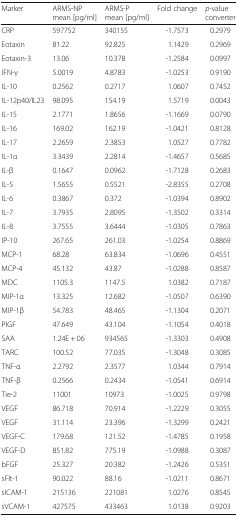
<table><thead><tr><td><b>Marker</b></td><td><b>ARMS-NP mean [pg/ml]</b></td><td><b>ARMS-P mean [pg/ml]</b></td><td><b>Fold change</b></td><td><b><i>p</i>-value converter</b></td></tr></thead><tbody><tr><td>CRP</td><td>597752</td><td>340155</td><td>-1.7573</td><td>0.2979</td></tr><tr><td>Eotaxin</td><td>81.22</td><td>92.825</td><td>1.1429</td><td>0.2969</td></tr><tr><td>Eotaxin-3</td><td>13.06</td><td>10.378</td><td>-1.2584</td><td>0.0997</td></tr><tr><td>IFN-γ</td><td>5.0019</td><td>4.8783</td><td>-1.0253</td><td>0.9190</td></tr><tr><td>IL-10</td><td>0.2562</td><td>0.2717</td><td>1.0607</td><td>0.7452</td></tr><tr><td>IL-12p40/IL23</td><td>98.095</td><td>154.19</td><td>1.5719</td><td>0.0043</td></tr><tr><td>IL-15</td><td>2.1771</td><td>1.8656</td><td>-1.1669</td><td>0.0790</td></tr><tr><td>IL-16</td><td>169.02</td><td>162.19</td><td>-1.0421</td><td>0.8128</td></tr><tr><td>IL-17</td><td>2.2659</td><td>2.3853</td><td>1.0527</td><td>0.7782</td></tr><tr><td>IL-1α</td><td>3.3439</td><td>2.2814</td><td>-1.4657</td><td>0.5685</td></tr><tr><td>IL-β</td><td>0.1647</td><td>0.0962</td><td>-1.7128</td><td>0.2683</td></tr><tr><td>IL-5</td><td>1.5655</td><td>0.5521</td><td>-2.8355</td><td>0.2708</td></tr><tr><td>IL-6</td><td>0.3867</td><td>0.372</td><td>-1.0394</td><td>0.8902</td></tr><tr><td>IL-7</td><td>3.7935</td><td>2.8095</td><td>-1.3502</td><td>0.3314</td></tr><tr><td>IL-8</td><td>3.7555</td><td>3.6444</td><td>-1.0305</td><td>0.7863</td></tr><tr><td>IP-10</td><td>267.65</td><td>261.03</td><td>-1.0254</td><td>0.8869</td></tr><tr><td>MCP-1</td><td>68.28</td><td>63.834</td><td>-1.0696</td><td>0.4551</td></tr><tr><td>MCP-4</td><td>45.132</td><td>43.87</td><td>-1.0288</td><td>0.8587</td></tr><tr><td>MDC</td><td>1105.3</td><td>1147.5</td><td>1.0382</td><td>0.7187</td></tr><tr><td>MIP-1α</td><td>13.325</td><td>12.682</td><td>-1.0507</td><td>0.6390</td></tr><tr><td>MIP-1β</td><td>54.783</td><td>48.465</td><td>-1.1304</td><td>0.2071</td></tr><tr><td>PIGF</td><td>47.649</td><td>43.104</td><td>-1.1054</td><td>0.4018</td></tr><tr><td>SAA</td><td>1.24E + 06</td><td>934565</td><td>-1.3303</td><td>0.4908</td></tr><tr><td>TARC</td><td>100.52</td><td>77.035</td><td>-1.3048</td><td>0.3085</td></tr><tr><td>TNF-α</td><td>2.2792</td><td>2.3577</td><td>1.0344</td><td>0.7914</td></tr><tr><td>TNF-β</td><td>0.2566</td><td>0.2434</td><td>-1.0541</td><td>0.6914</td></tr><tr><td>Tie-2</td><td>11001</td><td>10973</td><td>-1.0025</td><td>0.9798</td></tr><tr><td>VEGF</td><td>86.718</td><td>70.914</td><td>-1.2229</td><td>0.3055</td></tr><tr><td>VEGF</td><td>31.114</td><td>23.396</td><td>-1.3299</td><td>0.2421</td></tr><tr><td>VEGF-C</td><td>179.68</td><td>121.52</td><td>-1.4785</td><td>0.1958</td></tr><tr><td>VEGF-D</td><td>851.82</td><td>775.19</td><td>-1.0988</td><td>0.3087</td></tr><tr><td>bFGF</td><td>25.327</td><td>20.382</td><td>-1.2426</td><td>0.5351</td></tr><tr><td>sFlt-1</td><td>90.022</td><td>88.16</td><td>-1.0211</td><td>0.8671</td></tr><tr><td>sICAM-1</td><td>215136</td><td>221081</td><td>1.0276</td><td>0.8545</td></tr><tr><td>sVCAM-1</td><td>427575</td><td>433463</td><td>1.0138</td><td>0.9203</td></tr></tbody></table>